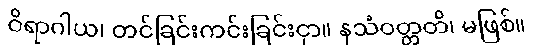
ဝိရာဂါယ၊ တင်ခြင်းကင်းခြင်းငှာ။ နသံဝတ္တတိ၊ မဖြစ်။